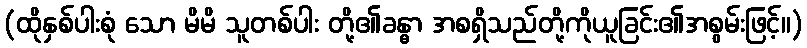
(ထိုနှစ်ပါးစုံ သော မိမိ သူတစ်ပါး တို့၏ခန္ဓာ အစရှိသည်တို့ကိုယူခြင်း၏အစွမ်းဖြင့်။)